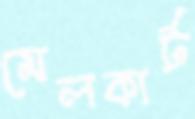
মেলকার্ট